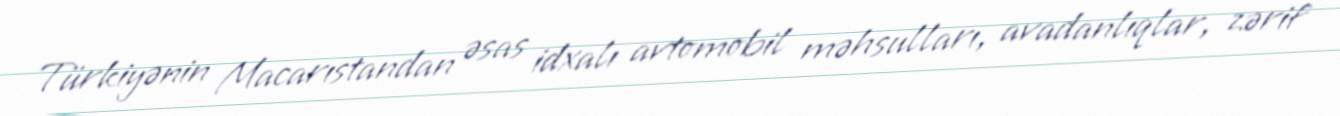
Türkiyənin Macarıstandan əsas idxalı avtomobil məhsulları, avadanlıqlar, zərif